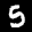
Label: 5